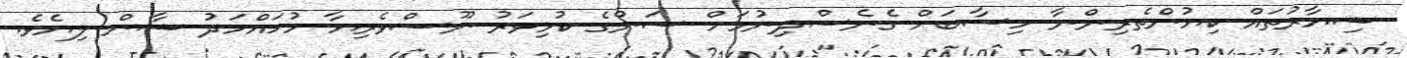
ޝިޔާރުތައް ކިޔުންތެރިންނާ ހިސާބަށް ގެނެސްދިނުމަށް ސަންގެ ކުޅިވަރު ނޫސްވެރިޔާ މުހައްމަދު ޝާން ލިޔެވެ.